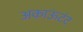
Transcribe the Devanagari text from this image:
अकाऊंटंट